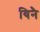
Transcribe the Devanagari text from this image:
यिनै